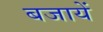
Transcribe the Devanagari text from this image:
बजायें